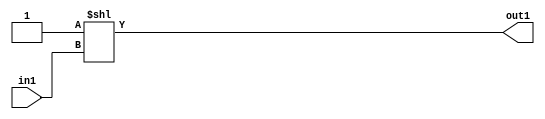
`timescale 1ps / 1ps
/*****************************************************************************
    Verilog RTL Description
    
    
    Created by: Stratus DpOpt 2019.1.01 
*******************************************************************************/

module SobelFilter_DECODE_4U_8_4 (
	in1,
	out1
	); /* architecture "behavioural" */ 
input [1:0] in1;
output [3:0] out1;
wire [3:0] asc001;

assign asc001 = 4'B0001 << in1;

assign out1 = asc001;
endmodule

/* CADENCE  urjxTg0= : u9/ySgnWtBlWxVPRXgAZ4Og= ** DO NOT EDIT THIS LINE ******/